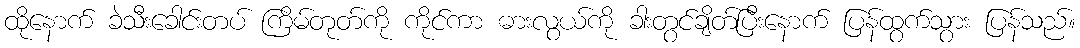
ထိုနောက် ခဲသီးခေါင်းတပ် ကြိမ်တုတ်ကို ကိုင်ကာ ဓားလွယ်ကို ခါးတွင်ချိတ်ပြီးနောက် ပြန်ထွက်သွား ပြန်သည်။